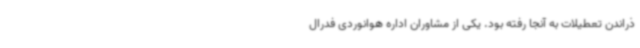
ذراندن تعطیلات به آنجا رفته بود. یکی از مشاوران اداره هوانوردی فدرال